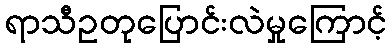
ရာသီဥတုပြောင်းလဲမှုကြောင့်